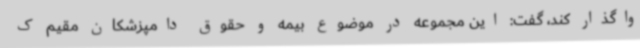
واگذار کند، گفت: این مجموعه در موضوع بیمه و حقوق دامپزشکان مقیم ک